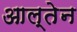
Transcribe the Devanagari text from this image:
आल्तेन